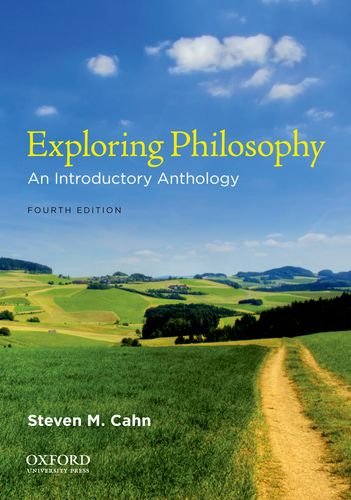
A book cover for Exploring Philosophy: An Introductory Anthology; Steven M. Cahn; Politics & Social Sciences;